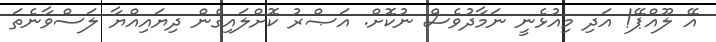
އޭ ލޫއްޕޭ! އަދި މިއުޅެނީ ނަމާދުވެސް ނުކޮށް. އަޞްރު ކޮށްލައިގެން ދިޔައިއްޔާ ލަސްވާނެތަ